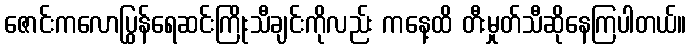
ဇောင်းကလောပြွန်ရေဆင်းကြိုးသီချင်းကိုလည်း ကနေ့ထိ တီးမှုတ်သီဆိုနေကြပါတယ်။